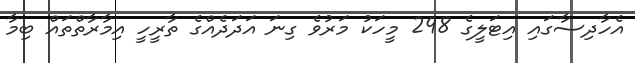
އެހާދިސާގައި އިޓަލީގެ 298 މީހަކު މަރުވެ ގިނަ އަދަދެއްގެ ތާރީހީ އިމާރާތްތައް ބިމާ